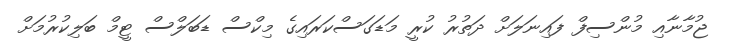
ޖުމާނާއި މުންސިފް ފައިނަލަށް ދަތުރު ކުރީ މަޑަގަސްކަރައިގެ މިކްސް ޑަބަލްސް ޓީމް ބަލިކުރުމަށް